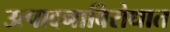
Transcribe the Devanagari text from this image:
उत्पादनाविरोधात